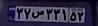
۳۷ص۳۳۱۵۳